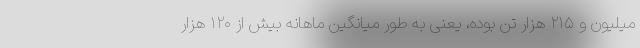
میلیون و ۲۱۵ هزار تن بوده، یعنی به طور میانگین ماهانه بیش از ۱۲۰ هزار